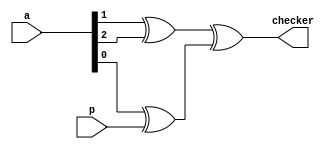
module even_par_checker(checker,a,p);
    input [2:0] a;
    input p;
    output checker;
    wire w1,w2;
    xor a1(w1,a[1],a[2]);
    xor a2(w2,a[0],p);
    xor a3(checker,w1,w2);
  endmodule